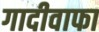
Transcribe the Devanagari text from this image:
गादीवाफा